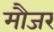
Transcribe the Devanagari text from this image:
मौजर